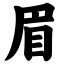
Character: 眉